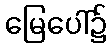
မြေပေါ်၌